Lunatic asylums in Bengal annual reports 1912-1924 - 1912-1924
Year: 1912
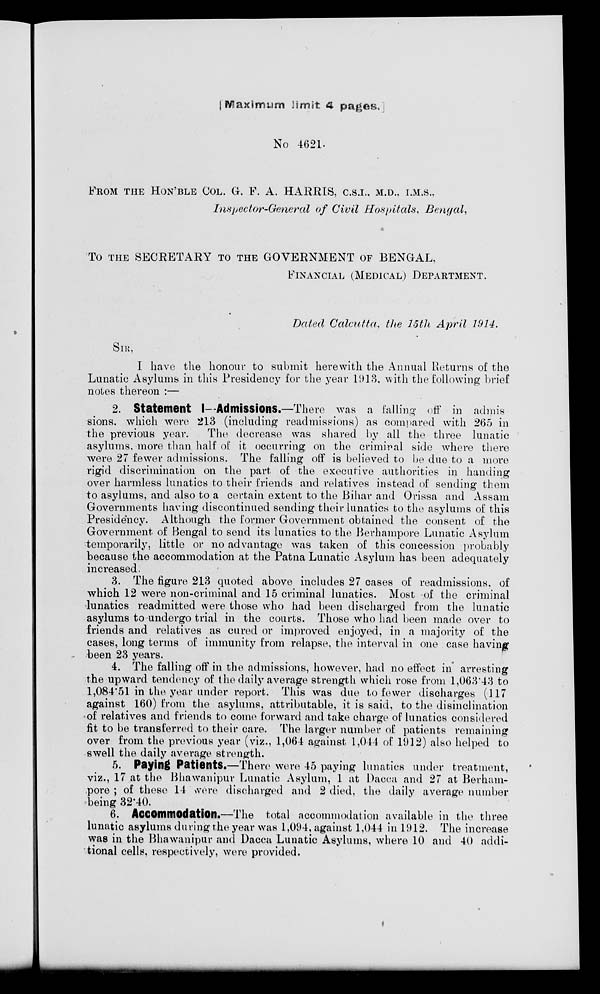
Maximum limit 4 pages.
No 4621.
FROM THE HON'BLE COL. G. F. A. HARRIS, C.S.I., M.D., I.M.S.,
Inspector-General
of Civil Hospitals,
Bengal,
To THE SECRETARY TO THE GOVERNMENT OF BENGAL,
FINANCIAL (MEDICAL) DEPARTMENT.
Dated Calcutta, the 15th April 1914.
SIR,
I have the honour to submit herewith the Annual Returns of the
Lunatic Asylums in this Presidency for the year 1913, with the following brief
notes thereon :—
2. Statement I—Admissions.—There was a falling off in admis
sions. which were 213 (including readmissions) as compared with 265 in
the previous year.
The decrease was shared by all the three lunatic
asylums, more than half of it occurring on the criminal side where there
were 27 fewer admissions. The falling off is believed to be due to a more
rigid discrimination on the part of the executive authorities in handing
over harmless lunatics to their friends and relatives instead of sending them
to asylums, and also to a certain extent to the Bihar and Orissa and Assam
Governments having discontinued sending their lunatics to the asylums of this
Presidency. Although the former Government obtained the consent of the
Government of Bengal to send its lunatics to the Berhampore Lunatic Asylum
temporarily, little or no advantage was taken of this concession probably
because the accommodation at the Patna Lunatic Asylum has been adequately
increased.
3. The figure 213 quoted above includes 27 cases of readmissions, of
which 12 were non-criminal and 15 criminal lunatics. Most of the criminal
lunatics readmitted were those who had been discharged from the lunatic
asylums to undergo trial in the courts. Those who had been made over to
friends and relatives as cured or improved enjoyed, in a majority of the
cases, long terms of immunity from relapse, the interval in one case having
been 23 years.
4. The falling off in the admissions, however, had no effect in arresting
the upward tendency of the daily average strength which rose from 1,063.43 to
1,084.51 in the year under report. This was due to fewer discharges (117
against 160) from the asylums, attributable, it is said, to the disinclination
of relatives and friends to come forward and take charge of lunatics considered
fit to be transferred to their care. The larger number of patients remaining
over from the previous year (viz., 1,064 against 1,044 of 1912) also helped to
swell the daily average strength.
5. Paying Patients.—There were 45 paying lunatics under treatment,
viz., 17 at the Bhawanipur Lunatic Asylum, 1 at Dacca and 27 at Berham-
pore ; of these 14 were discharged and 2 died, the daily average number
being 32.40.
6. Accommodation.—The total accommodation available in the three
lunatic asylums during the year was 1,094, against 1,044 in 1912. The increase
was in the Bhawanipur and Dacca Lunatic Asylums, where 10 and 40 addi-
tional cells, respectively, were provided.